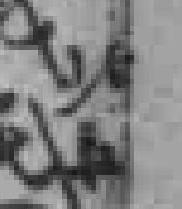
北*